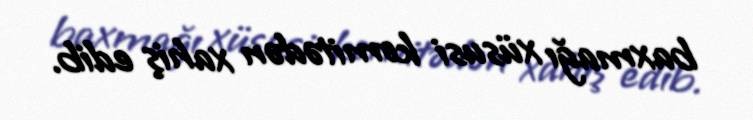
baxmağı xüsusi komitədən xahiş edib.